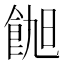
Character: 𬲑